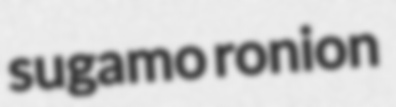
sugamo ronion